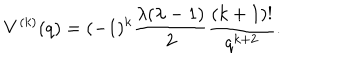
LaTeX: V ^ { ( k ) } ( q ) = ( - 1 ) ^ { k } \frac { \lambda ( \lambda - 1 ) } { 2 } \frac { ( k + 1 ) ! } { q ^ { k + 2 } } .